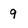
Character: q